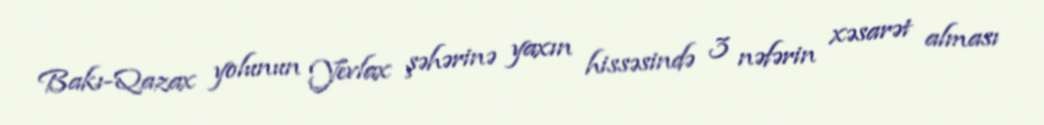
Bakı-Qazax yolunun Yevlax şəhərinə yaxın hissəsində 3 nəfərin xəsarət alması